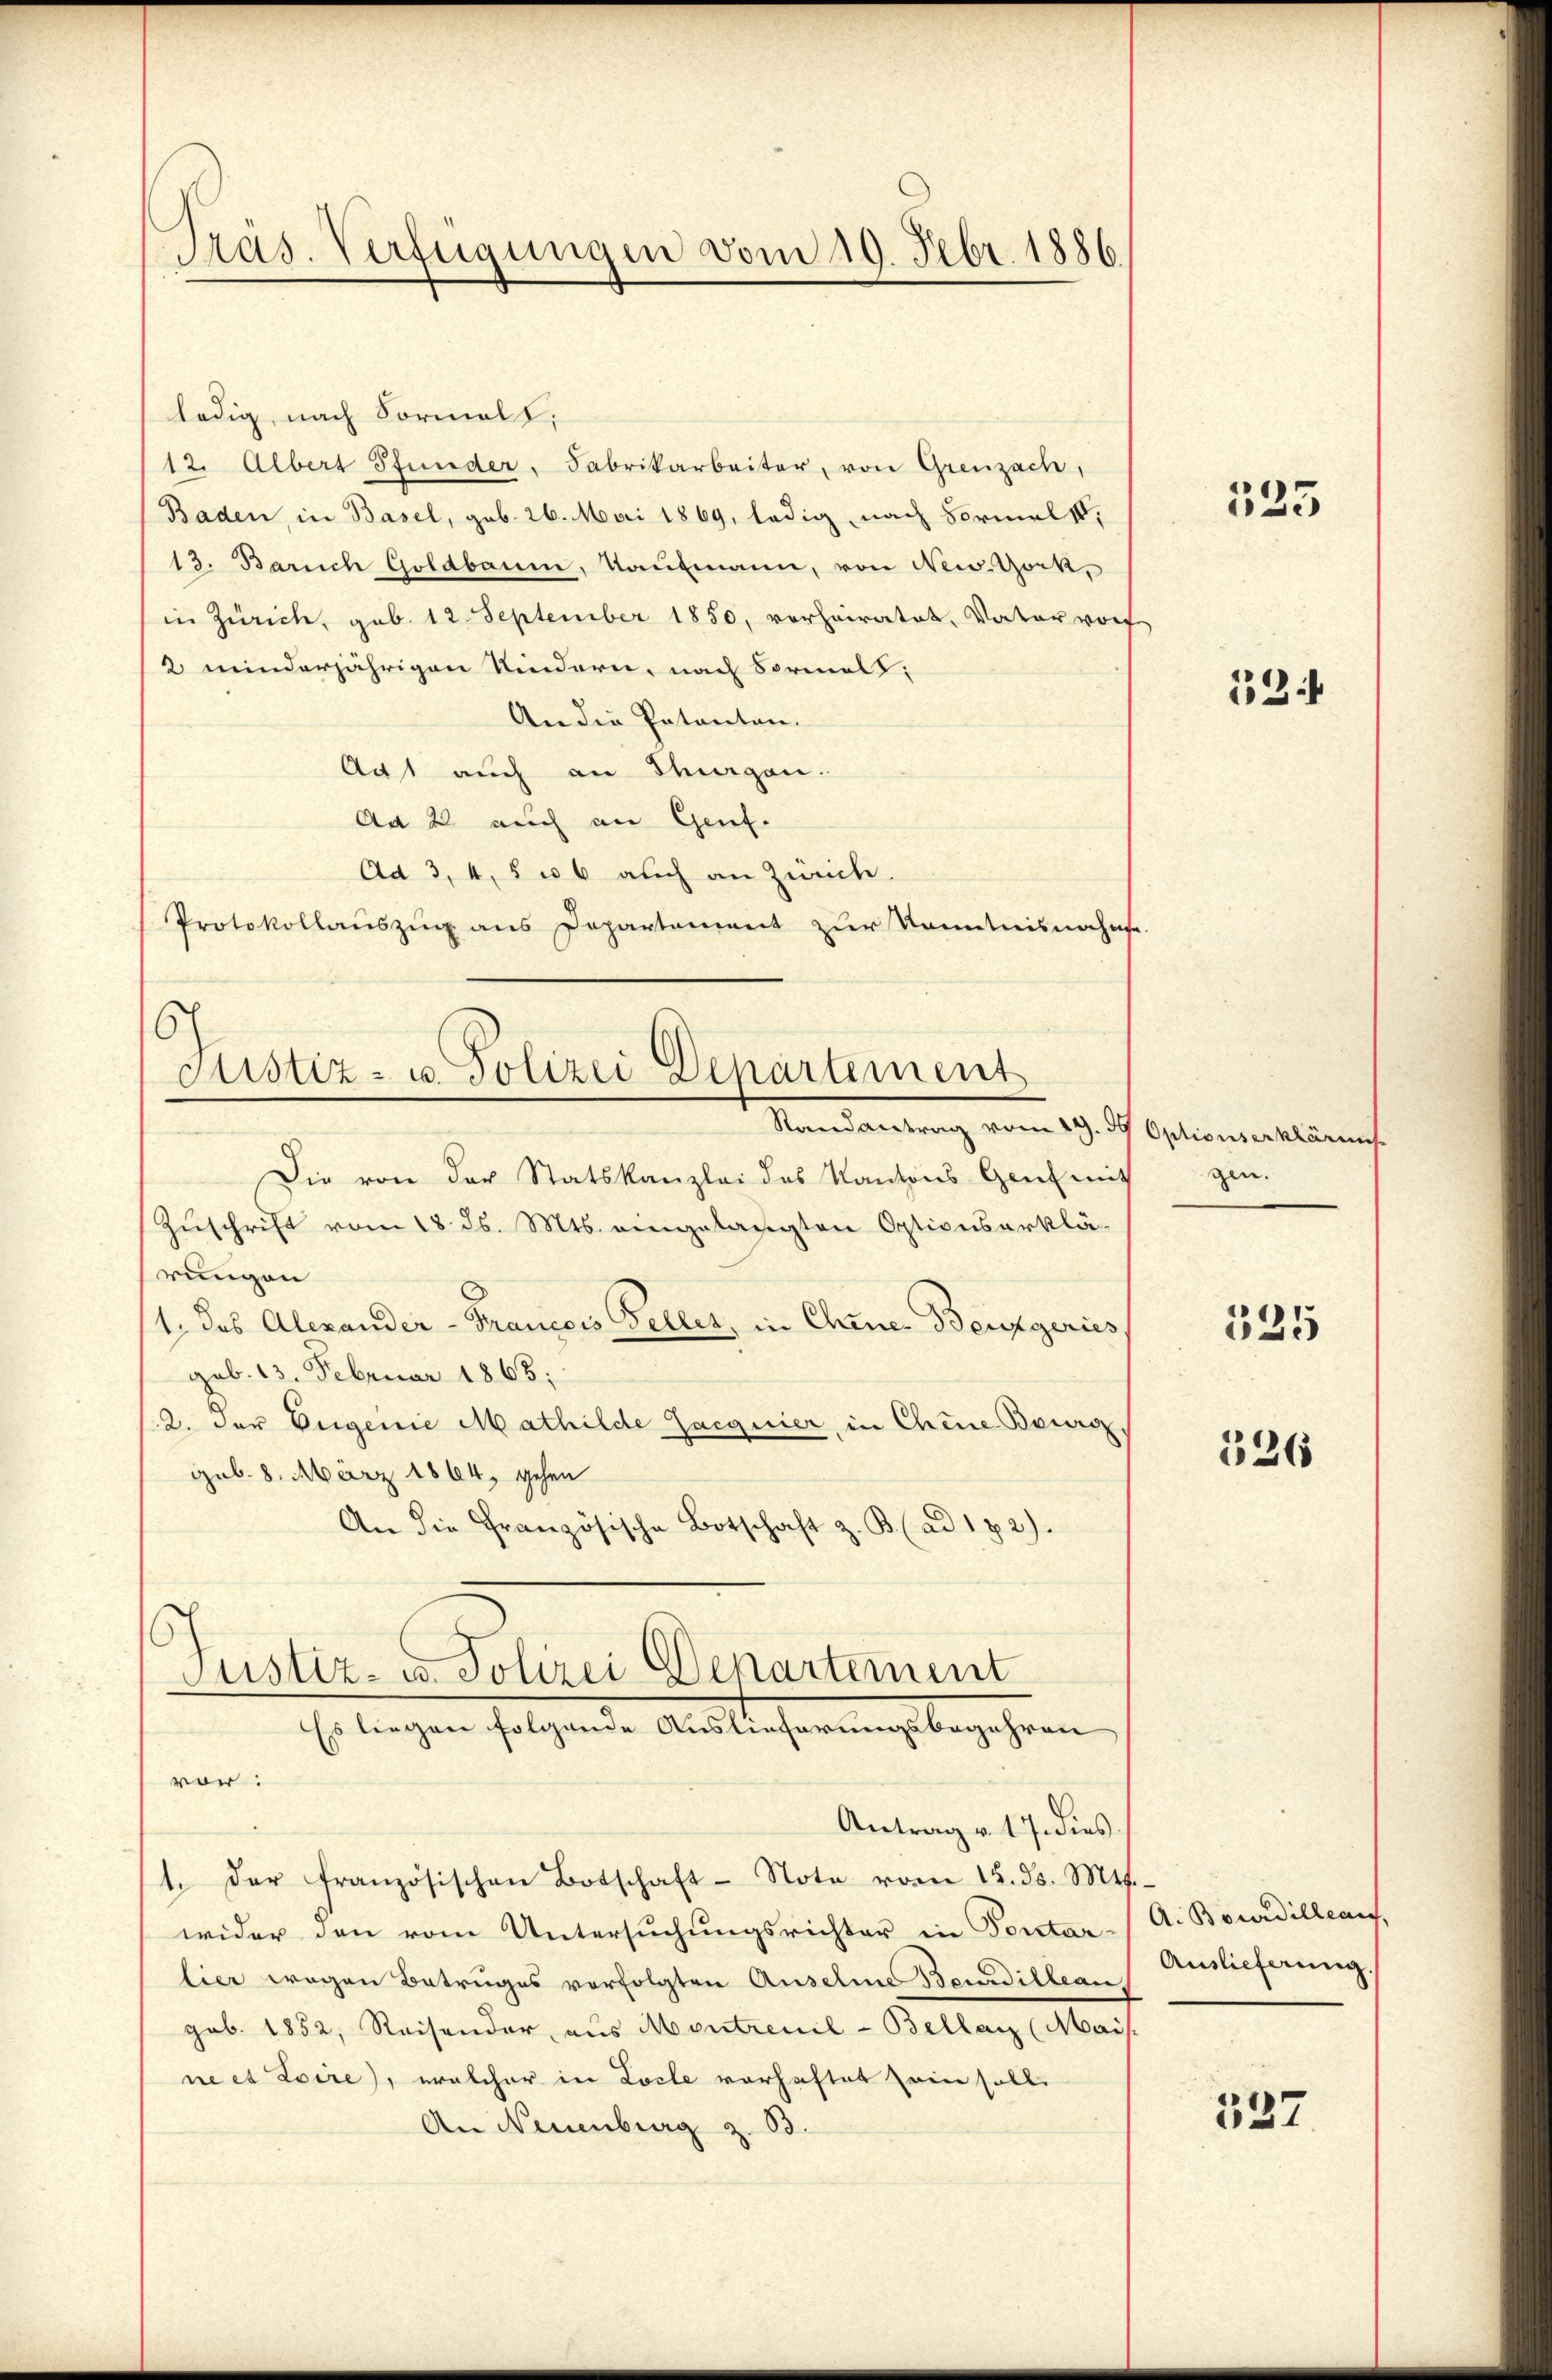
Präs. Verfügungen vom 10. Febr. 1886.

ledig, nach Formell,
12. Albert Pfunder, Fabrikarbeiter, von Grenzach,
Baden, in Basel, geb. 26. Mai 1869, ledig, nach Formel,
13. Barich Goldbaum, Kaufmann, von New-York,
in Zürich, geb. 12 September 1850, vorheiratet, Vaterworf
2 minderjährigen Kindern, nach Formals,
An die Patenten.
Act auch an Thurgau.
Ad 2. auch an Genf.
Ad 3, 4, 5 u 6 auch an Zürich.
Protokollaŭszŭg ans Departement zur Kenntnisnerhafe

G.
Justiz- u. Polizei Departement
Randantrag vom 29. 59 Optionserklärens.

Die von der Statskanzlei des Kantons Genf mit gen.
Zuschrift vom 18. ds. Mts. eingelangten Optionserklä-
rungen
1., das Alexander-Francois Geller, in Chene Benzgeries
geb. 13. Februar 1863;
2. Der Eigenie Mathilde Jacquier, in Chene Burg
geb. 8. März 1864, gehen
An die Französische Botschaft z. B. (ad 182).

Justiz- u. Polizei Departement
Es liegen folgende Auslieferungsbegehren

von:
Antrag v. 17. dies
1. der französischen Botschaft-Note vom 15. ds. Mts.
wider den vom Untersuchungsrichter in Portar-
lier wegen Betruges vorfolgten Auselne Benedilleans
gob. 1852, Reisender, aus Montrenil-Bellanz (Mais.
ne et Loire), welcher in Locle vorhaftet sein soll.
An Neuenburg z. 63.

525

13

325

326

A. Bourdille auf,
Auslieferung.

337